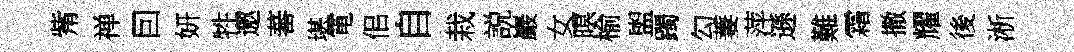
觜禅囙妍牲邀蕃堪電佀自栽説巖女暝榆盥躅勾萋萍遜難霜撒耀後淅